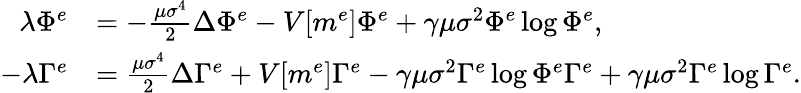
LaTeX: \begin{array}{rl}{\lambda\Phi^{e}}&{=-\frac{\mu\sigma^{4}}{2}\Delta\Phi^{e}-V[m^{e}]\Phi^{e}+\gamma\mu\sigma^{2}\Phi^{e}\log{\Phi^{e}},}\\ {-\lambda\Gamma^{e}}&{=\frac{\mu\sigma^{4}}{2}\Delta\Gamma^{e}+V[m^{e}]\Gamma^{e}-\gamma\mu\sigma^{2}\Gamma^{e}\log{\Phi^{e}\Gamma^{e}}+\gamma\mu\sigma^{2}\Gamma^{e}\log{\Gamma^{e}}.}\end{array}